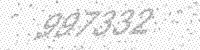
Solution: 997332